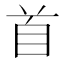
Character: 首